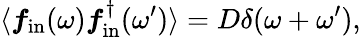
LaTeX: \langle\boldsymbol{f}_{\mathrm{in}}(\omega)\boldsymbol{f}_{\mathrm{in}}^{\dagger}(\omega^{\prime})\rangle=D\delta(\omega+\omega^{\prime}),